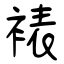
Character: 裱